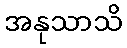
အနုသာသိ